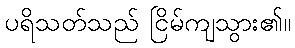
ပရိသတ်သည် ငြိမ်ကျသွား၏။